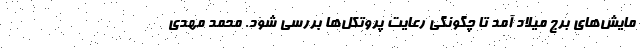
مایش‌های برج میلاد آمد تا چگونگی رعایت پروتکل‌ها بررسی شود. محمد مهدی